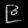
Digit: ၉